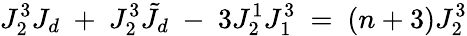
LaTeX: J_{2}^{3}J_{d}\ +\ J_{2}^{3}\tilde{J}_{d}\ -\ 3J_{2}^{1}J_{1}^{3}\ =\ (n+3)J_{2}^{3}